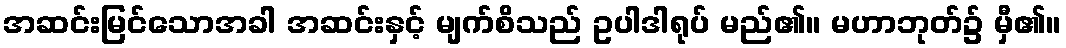
အဆင်းမြင်သောအခါ အဆင်းနှင့် မျက်စိသည် ဥပါဒါရုပ် မည်၏။ မဟာဘုတ်၌ မှီ၏။